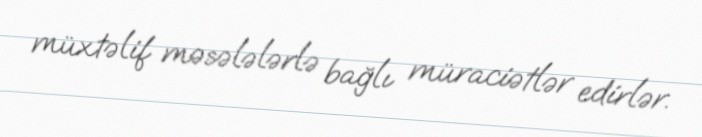
müxtəlif məsələlərlə bağlı müraciətlər edirlər.